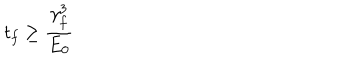
LaTeX: t _ { f } \geq \frac { \gamma _ { f } ^ { 3 } } { E _ { 0 } }